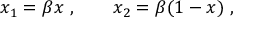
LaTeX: x _ { 1 } = \beta x ~ , \ \ \ \ \ \ x _ { 2 } = \beta ( 1 - x ) ~ ,